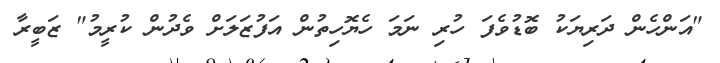
"އަންހެން ދަރިޔަކު ބޮޑުވެފަ ހުރި ނަމަ ހެޔޮހިތުން އަފުޒަލަށް ވެދުން ކުރީމު" ޒަބީރާ